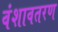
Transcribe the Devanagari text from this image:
वंशावतरण